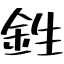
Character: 鉎